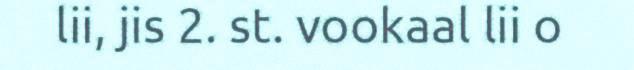
lii, jis 2. st. vookaal lii o